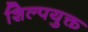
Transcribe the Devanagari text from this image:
शिल्पयुक्त